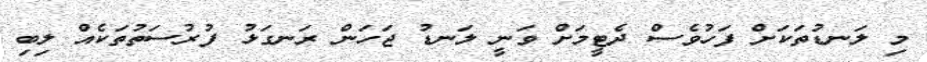
މި ލަނޑުތަކަށް ފަހުވެސް ދެޓީމަށް ވަނީ ލަނޑު ޖަހަން ރަނގަޅު ފުރުސަތުތަކެއް ލިބި